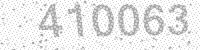
Solution: 410063